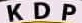
KDP